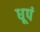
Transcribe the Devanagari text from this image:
धूपं